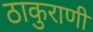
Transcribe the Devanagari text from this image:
ठाकुराणी